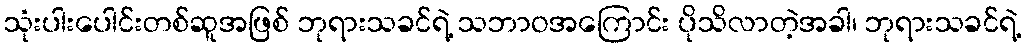
သုံးပါးပေါင်းတစ်ဆူအဖြစ် ဘုရားသခင်ရဲ့ သဘာဝအကြောင်း ပိုသိလာတဲ့အခါ၊ ဘုရားသခင်ရဲ့